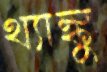
থ্যাঙ্কু